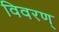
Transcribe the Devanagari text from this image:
विवरण्